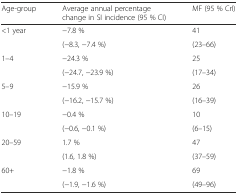
| Age-group | Average annual percentage change in SI incidence (95 % CI) | MF (95 % CrI) |
 | --- | --- | --- |
 | <1 year | −7.8 % | 41 |
 |  | (−8.3, −7.4 %) | (23–66) |
 | 1–4 | −24.3 % | 25 |
 |  | (−24.7, −23.9 %) | (17–34) |
 | 5–9 | −15.9 % | 26 |
 |  | (−16.2, −15.7 %) | (16–39) |
 | 10–19 | −0.4 % | 10 |
 |  | (−0.6, −0.1 %) | (6–15) |
 | 20–59 | 1.7 % | 47 |
 |  | (1.6, 1.8 %) | (37–59) |
 | 60+ | −1.8 % | 69 |
 |  | (−1.9, −1.6 %) | (49–96) |